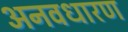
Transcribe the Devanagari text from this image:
अनवधारण